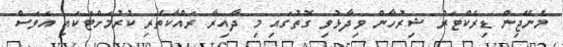
މެނޭޖިން ޑިރެކްޓަރު ޝިރުހާން ވިދާޅުވި ގޮތުގައި މި ދާއިރާ ރައްކާތެރި ކުރުމަށްޓަކައި އަވަސް